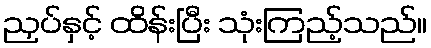
ညှပ်နှင့် ထိန်းပြီး သုံးကြည့်သည်။